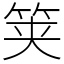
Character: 䇲